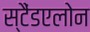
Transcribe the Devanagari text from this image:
स्टैंडएलोन